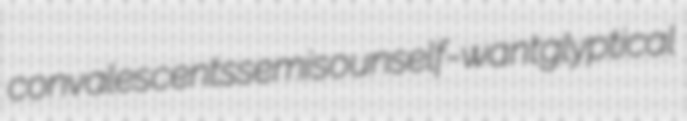
convalescents semisoun self-want glyptical